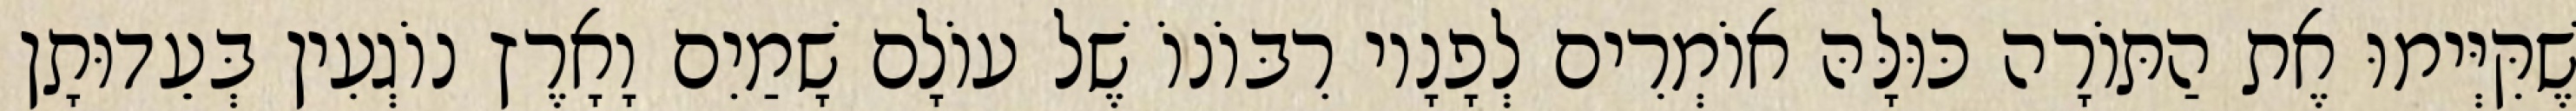
שֶׁקִּיְּימוּ אֶת הַתּוֹרָה כּוּלָּהּ אוֹמְרִים לְפָנָיו רִבּוֹנוֹ שֶׁל עוֹלָם שָׁמַיִם וָאָרֶץ נוֹגְעִין בְּעֵדוּתָן